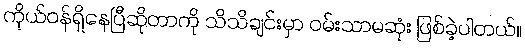
ကိုယ်ဝန်ရှိနေပြီဆိုတာကို သိသိချင်းမှာ ဝမ်းသာမဆုံး ဖြစ်ခဲ့ပါတယ်။